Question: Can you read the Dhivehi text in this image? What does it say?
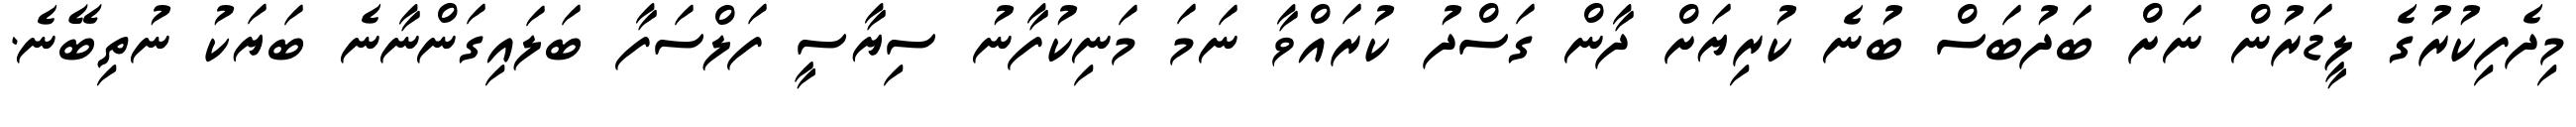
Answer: މިދެފިކުރުގެ ލީޑަރުން ނަށް ބަދުބަސް ބުނެ ކުރިޔަށް ދާން ގަސްދު ކުރައްވާ ނަމަ މަނިކުފާނު ސިޔާސީ ފަލްސަފާ ބަލައިގަންނާނެ ބަޔަކު ނުތިބޭނެ.